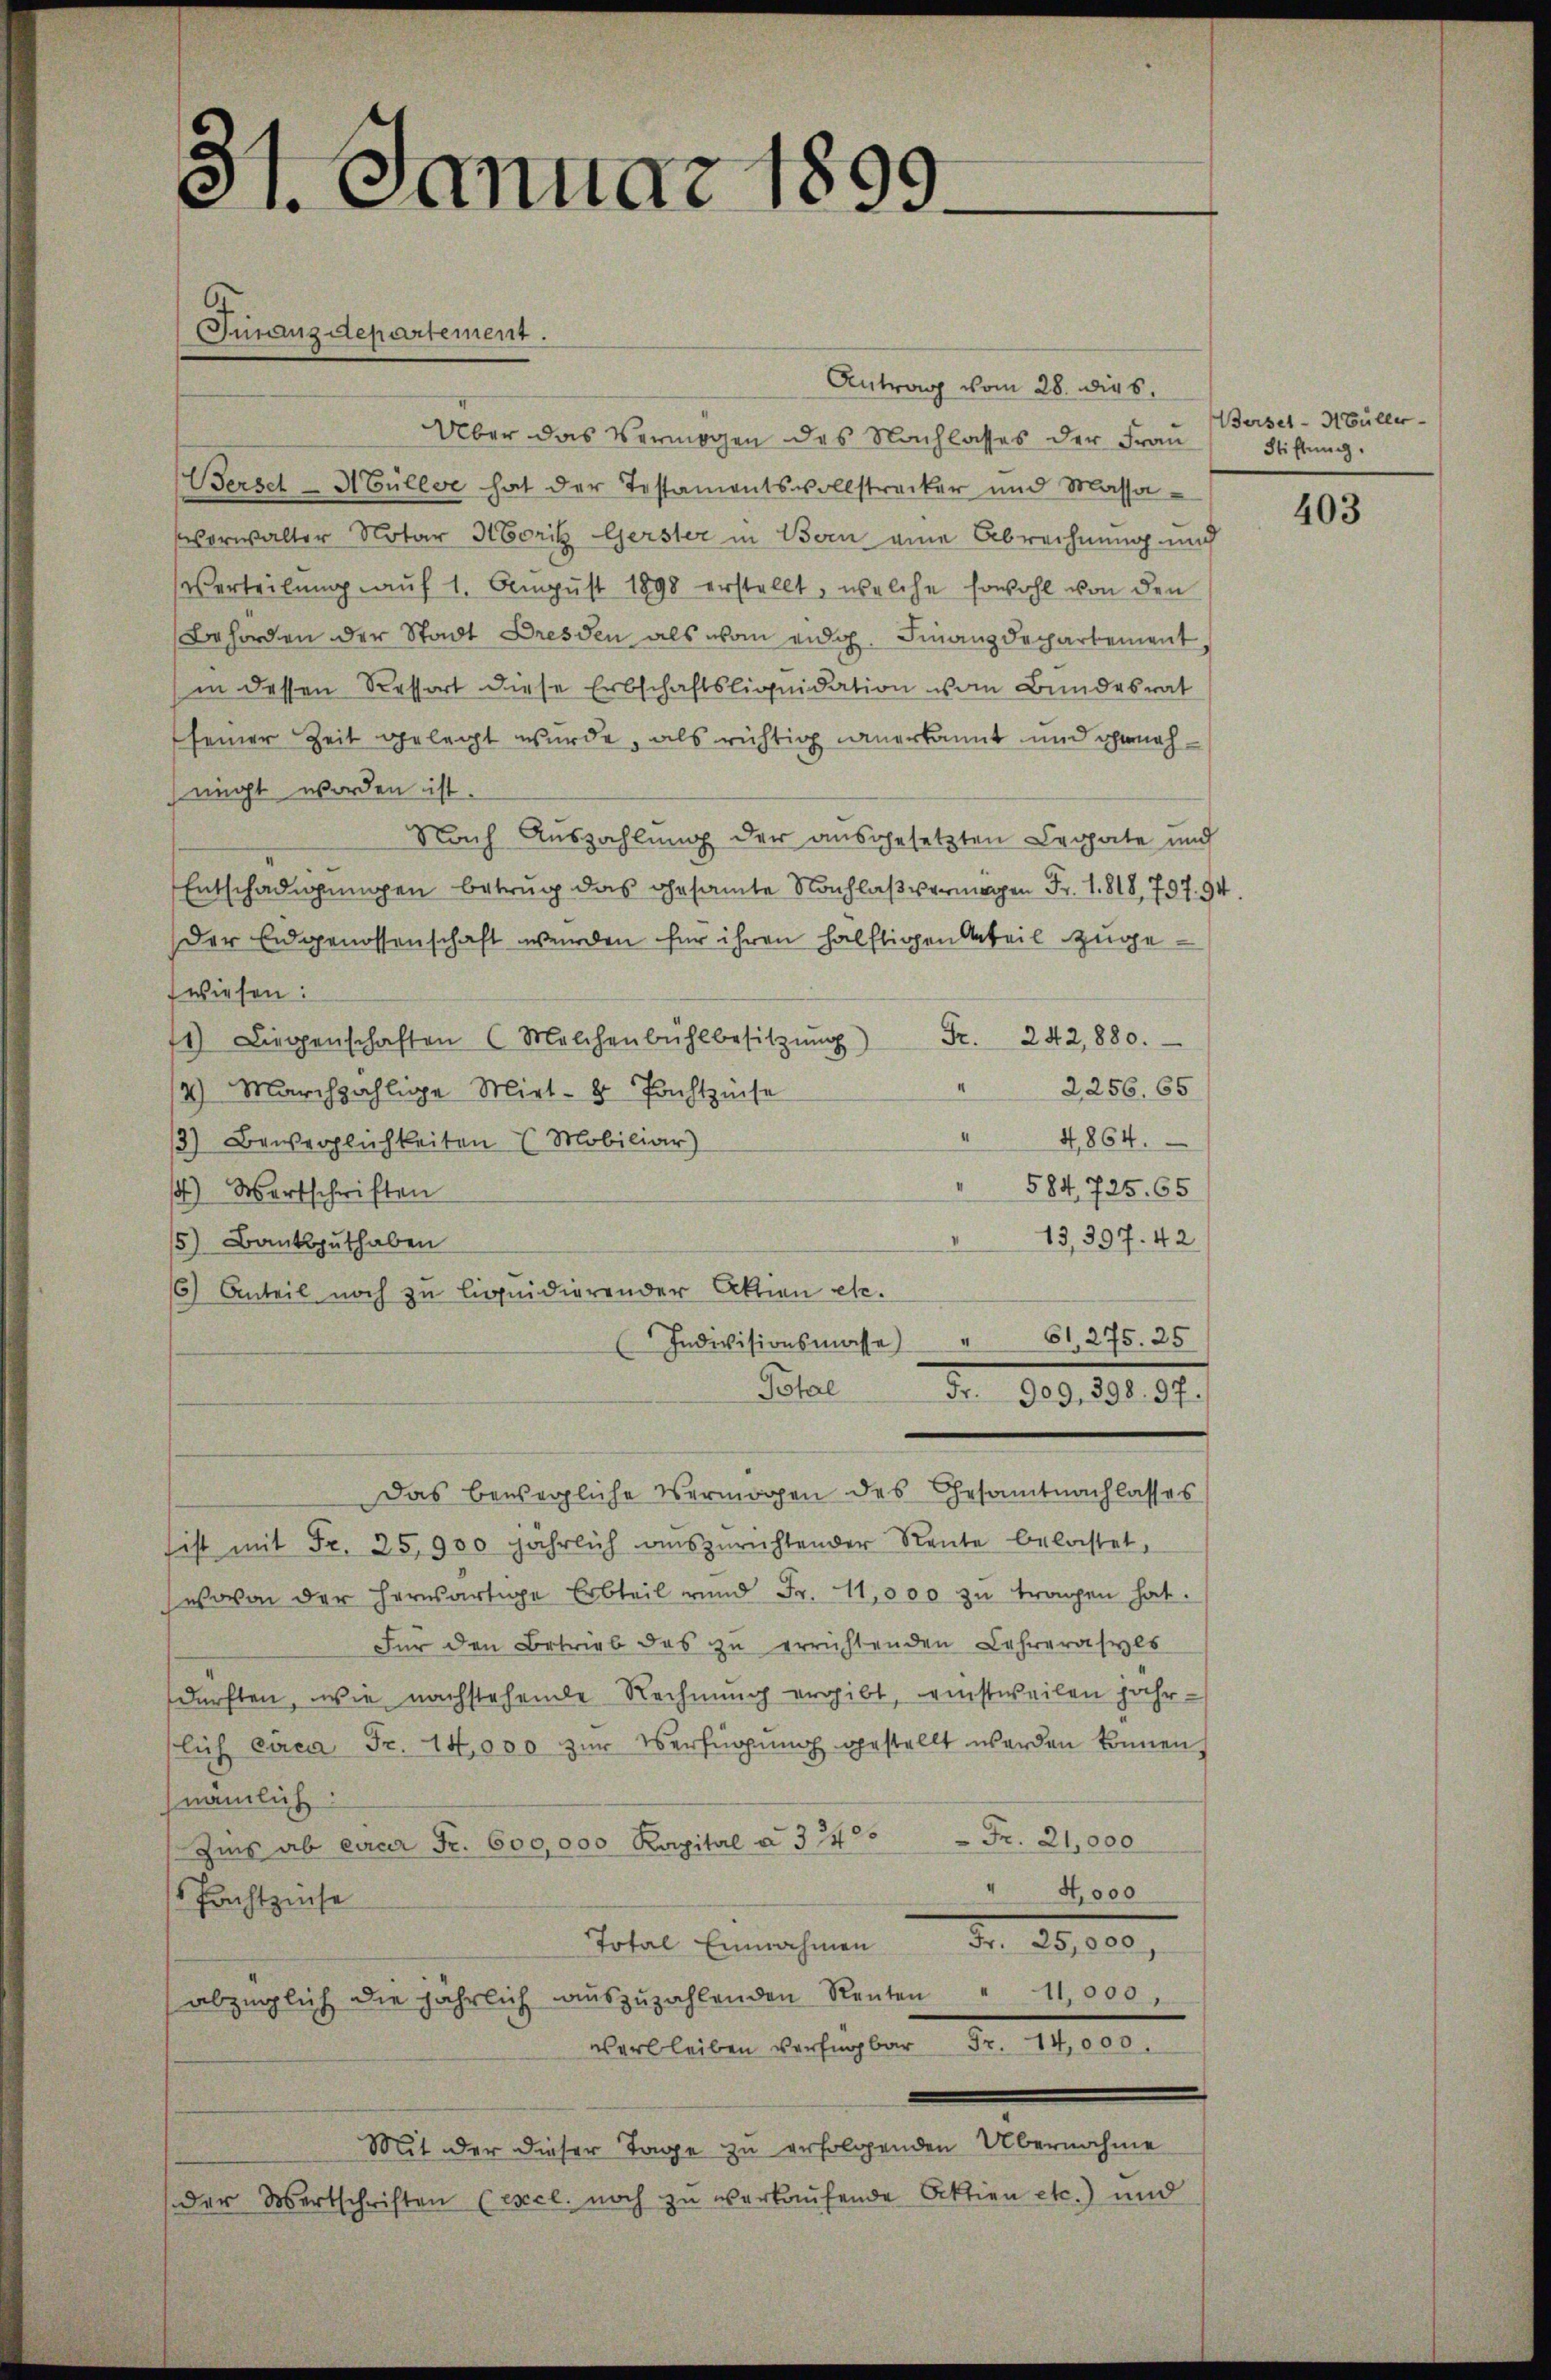
3. Januar 1899.

Antrag vom 28. dies
Über das Vermögen des Nachlasses der Frau
Bersel-Mülle hat der Testamentsvollstrecker und Massa-
Verwalter Notar Norik Gerster in Bern eine Abrechnung und
verteilung auf 1. August 1898 erstellt, welche sowohl von den
Behörden der Stadt Dresden als von eidg. Finanzdepartement,
in dessen Ressort diese Erbschaftsliquidation vom Bundesrat
seiner Zeit gelegt wurde, als richtig anerkannt und genehnigt worden ist.
Nach Auszahlung der ausgesetzten Legate und
Entschädigungen betrug das Gesamte Nachlaß vermögen Fr. 1818, 797. 94
Der Eidgenossenschaft werden für ihren hälftigen Anteil zugewiesen:
1) Liegenschaften (Melchenbühlbesitzŭng Fr. 242, 880.
2256. 65
2) Marchzählige Miet- 2 Pachtzinse
4,864.
3) Beweglichkeiten Mobiliar)
" 584, 725. 65
1) Wertschriften
13,397. 42
15) Banksputhaben
16) Anteil noch zu liquidierender Aktion etc.
61, 275. 25
Indivisionsmasse
.
Total
Fr. 909. 398. 97.
Das bewegliche Vermögen des Gesamtnachlasses
ist mit Fr. 25,900 jährlich auszurichtender Rente belastet,
wovon der herwärtige Erbteil und Fr. 11,000 zu tragen hat.
Für den Betrieb das zu errichtenden Lehrerasyls
dürften, wie nachstehende Rechnung ergibt, einstweilen jahrflich circa Fr. 14,000 zur Verfügung gestellt werden können.
(nämlich:
Zins ab einer Fr. 600,000 Kapital u. 374 = Fr. 21,000
" 4,000
Pachtzinse
Total Einnahmen Fr. 25,000,
abzüglich die jährlich aŭszŭzahlenden Renten " 11,000.
aveliten Versagten der 19,000
Mit der dieser Tage zu erfolgenden Übernahme
der Wertschriften (Excl. noch zu verkaufende Aktien etc.) und

Finanzdepartement.

Berset-Hüller-
Stiftung.

403